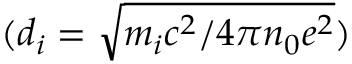
( d _ { i } = \sqrt { m _ { i } c ^ { 2 } / 4 \pi n _ { 0 } e ^ { 2 } } )